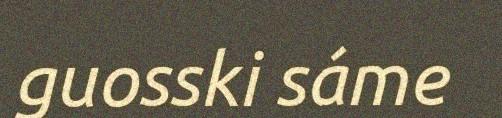
guosski sáme